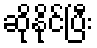
ဆိုနိုင်ပြီး